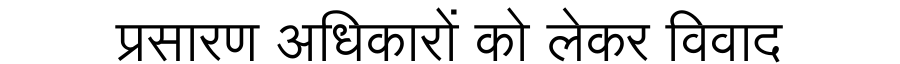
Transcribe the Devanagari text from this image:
प्रसारण अधिकारों को लेकर विवाद